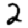
Digit: 2